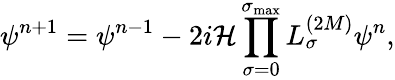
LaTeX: \psi^{n+1}=\psi^{n-1}-2i{\cal H}\prod_{\sigma=0}^{\sigma_{\operatorname*{max}}}L_{\sigma}^{(2M)}\psi^{n},